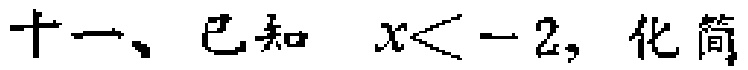
十一、已知 \(x < -2\)，化简